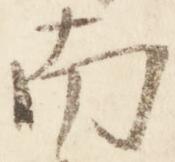
南